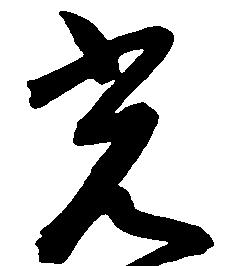
光